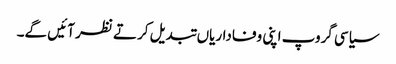
سیاسی گروپ اپنی وفاداریاں تبدیل کرتے نظر آئیں گے۔